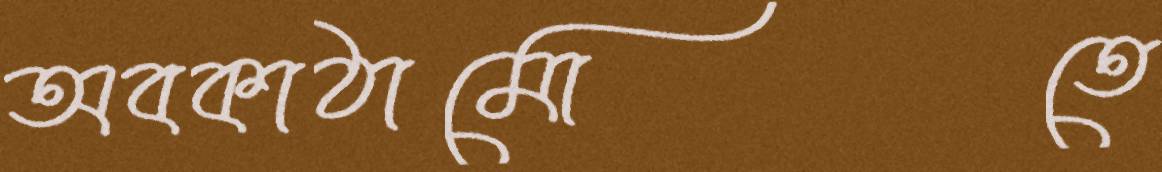
অবকাঠামোতে